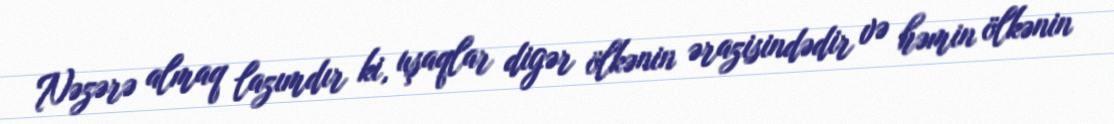
Nəzərə almaq lazımdır ki, uşaqlar digər ölkənin ərazisindədir və həmin ölkənin